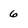
Character: 6